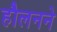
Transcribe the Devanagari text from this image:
हौलनने